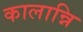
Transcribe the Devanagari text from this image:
कालान्नि